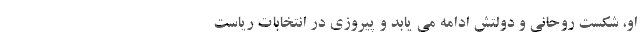
او، شکست روحانی و دولتش ادامه می یابد و پیروزی در انتخابات ریاست